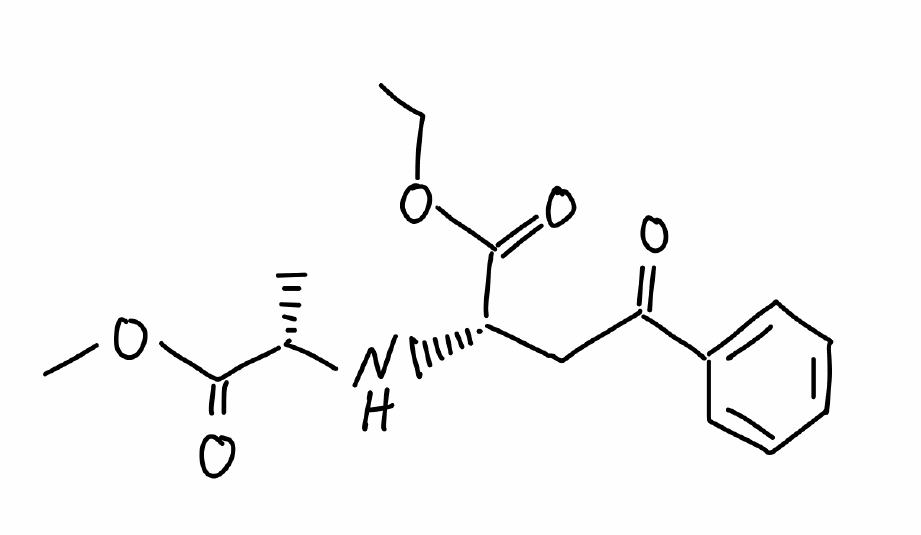
Simplified molecular-input line-entry system (SMILES) notation of the given molecule:
CCOC(=O)[C@H](CC(=O)C1=CC=CC=C1)N[C@@H](C)C(=O)OC